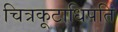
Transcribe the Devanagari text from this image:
चित्रकूटाधिपति